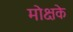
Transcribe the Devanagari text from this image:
मोक्षके